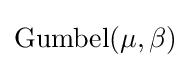
{\text{Gumbel}}(\mu ,\beta )